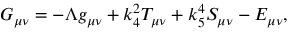
G _ { \mu \nu } = - \Lambda g _ { \mu \nu } + k _ { 4 } ^ { 2 } T _ { \mu \nu } + k _ { 5 } ^ { 4 } S _ { \mu \nu } - E _ { \mu \nu } ,